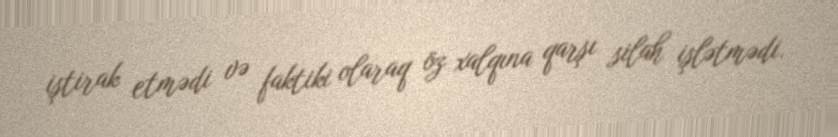
iştirak etmədi və faktiki olaraq öz xalqına qarşı silah işlətmədi.